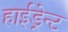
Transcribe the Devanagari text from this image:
हाईड्रेन्ट